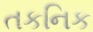
તકનિક